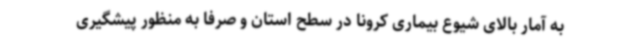
به آمار بالای شیوع بیماری کرونا در سطح استان و صرفاً به منظور پیشگیری